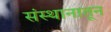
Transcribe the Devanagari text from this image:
संस्थानातून